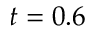
t = 0 . 6